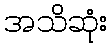
အသိဆုံး